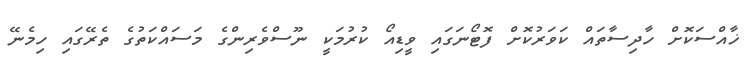
ޚާއްސަކޮށް ހާދިސާތައް ކަވަރުކޮށް ފޮޓޯނަގައި ވީޑިއޯ ކުރުމަކީ ނޫސްވެރިންގެ މަސައްކަތުގެ ތެރޭގައި ހިމެނޭ